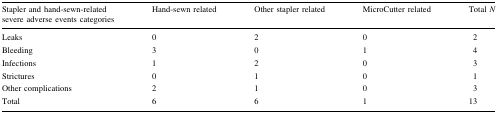
<table><thead><tr><td><b>Stapler and hand-sewn-related severe adverse events categories</b></td><td><b>Hand-sewn related</b></td><td><b>Other stapler related</b></td><td><b>MicroCutter related</b></td><td><b>Total <i>N</i></b></td></tr></thead><tbody><tr><td>Leaks</td><td>0</td><td>2</td><td>0</td><td>2</td></tr><tr><td>Bleeding</td><td>3</td><td>0</td><td>1</td><td>4</td></tr><tr><td>Infections</td><td>1</td><td>2</td><td>0</td><td>3</td></tr><tr><td>Strictures</td><td>0</td><td>1</td><td>0</td><td>1</td></tr><tr><td>Other complications</td><td>2</td><td>1</td><td>0</td><td>3</td></tr><tr><td>Total</td><td>6</td><td>6</td><td>1</td><td>13</td></tr></tbody></table>